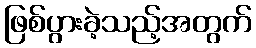
ဖြစ်ပွားခဲ့သည့်အတွက်